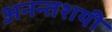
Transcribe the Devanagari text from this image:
अनन्तशयी